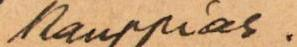
kauppias.